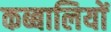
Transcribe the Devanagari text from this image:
कब्बालियों